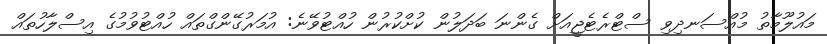
މައުލޫމާތު މުއްސަނދިވި ސްޓްރެޓެޖީއަށް ގެންނަ ބަދަލުން ކުށްކުރުން ހުއްޓުވޭނެ: އުމަރުގޭންގްތައް ހުއްޓުވުމުގެ އިސްލާހުތައް